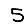
Digit: 5